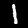
Label: 1